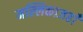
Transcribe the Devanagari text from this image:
मल्लिकाजहाँ